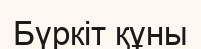
Бүркіт құны